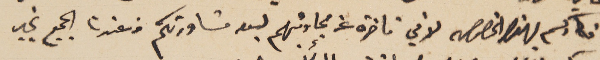
افكاركم بهذا الخصوص لاني تأخرة عن مجاوبتهم لبعد مشاورتكم من عندنا الجميع بخير